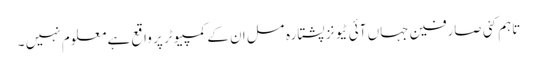
تاہم کئی صارفین جہاں آئی ٹیونز پشتارہ مسل ان کے کمپیوٹر پر واقع ہے معلوم نہیں ۔